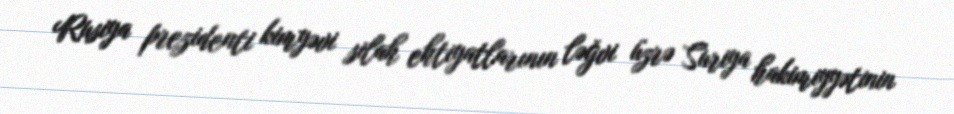
Rusiya prezidenti kimyəvi silah ehtiyatlarının ləğvi üzrə Suriya hakimiyyətinin